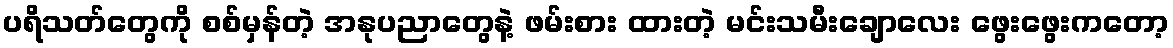
ပရိသတ်တွေကို စစ်မှန်တဲ့ အနုပညာတွေနဲ့ ဖမ်းစား ထားတဲ့ မင်းသမီးချောလေး ဖွေးဖွေးကတော့